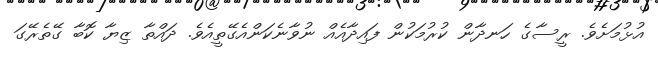
އުޅުމަށެވެ. ރީސާގެ ހަނދާން ކުރުމަކުން ފައިދާއެއް ނުވާނެކަންއެގޭތީއެވެ. ދައްތާ ޒިޔާ ކޮބާ ގޭތެރޭގަ